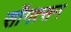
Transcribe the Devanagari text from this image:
सोंगत्सन